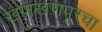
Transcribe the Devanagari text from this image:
खणखणपूरचा